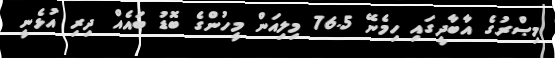
މިޞްރުގެ އާބާދީގައި ހިމެނޭ 76.5 މިލިއަން މީހުންގެ ބޮޑު ބައެއް ދިރި އުޅެނީ